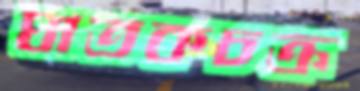
ঘাতকচক্র